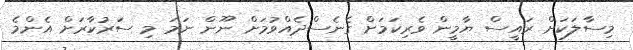
މިސާލަކަށް ރައީސް ޔާމީން ވެރިކަމަށް ގެނެސްދެއްވުމަށް ނޫން ނަމަ މި ސަރުކާރަށް އެންމެ